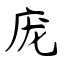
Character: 庞